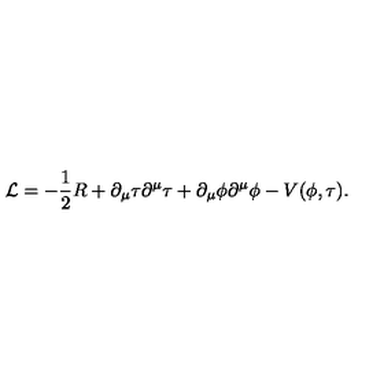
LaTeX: { \mathcal { L } } = - \frac { 1 } { 2 } R + \partial _ { \mu } \tau \partial ^ { \mu } \tau + \partial _ { \mu } \phi \partial ^ { \mu } \phi - V ( \phi , \tau ) .